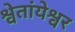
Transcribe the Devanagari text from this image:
श्वेतांयेश्वर